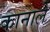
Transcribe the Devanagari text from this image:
कानाले